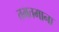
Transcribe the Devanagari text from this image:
तमतमाना